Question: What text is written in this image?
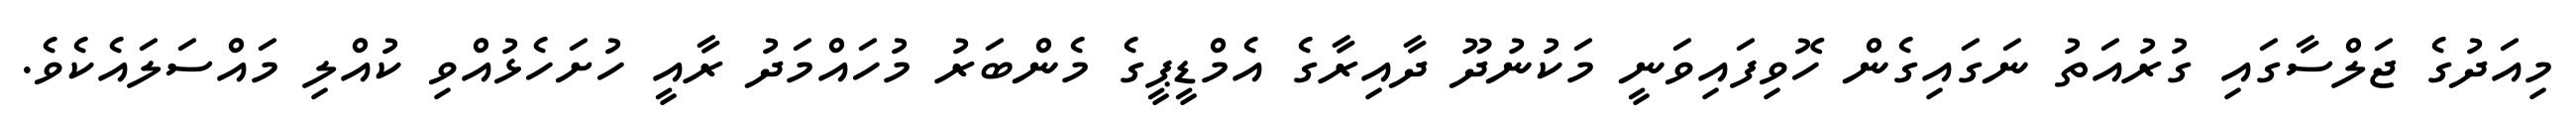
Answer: މިއަދުގެ ޖަލްސާގައި ގުރުއަތު ނަގައިގެން ހޮވިފައިވަނީ މަކުނުދޫ ދާއިރާގެ އެމްޑީޕީގެ މެންބަރު މުހައްމަދު ރާއީ ހުށަހެޅުއްވި ކުއްލި މައްސަލައެކެވެ.